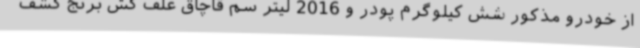
از خودرو مذکور شش کیلوگرم پودر و 2016 لیتر سم قاچاق علف کش برنج کشف